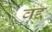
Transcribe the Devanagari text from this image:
वद्द